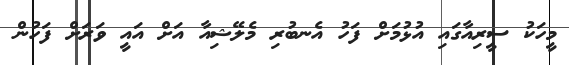
މީހަކު ސީރިއާގައި އުޅުމަށް ފަހު އެނބުރި މެލޭޝިއާ އަށް އައީ ވަރަށް ފަހުން